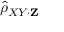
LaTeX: { \hat { \rho } } _ { X Y \cdot \mathbf { Z } }